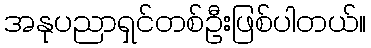
အနုပညာရှင်တစ်ဦးဖြစ်ပါတယ်။